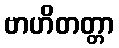
ဗာဟိတတ္တာ